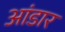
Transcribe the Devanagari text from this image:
आंडार